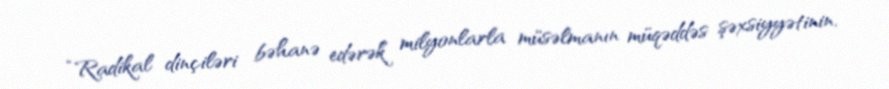
“Radikal dinçiləri bəhanə edərək milyonlarla müsəlmanın müqəddəs şəxsiyyətinin,